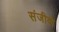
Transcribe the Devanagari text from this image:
संजीवो